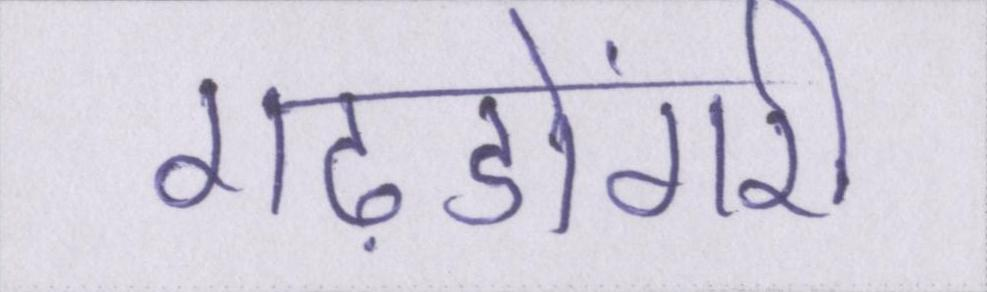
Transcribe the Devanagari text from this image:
गढ़डोंगरी